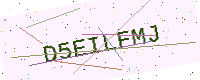
Text: D5EILFMJ